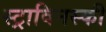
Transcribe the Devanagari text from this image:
स्ट्राविनस्की